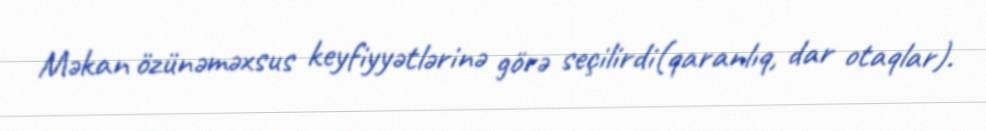
Məkan özünəməxsus keyfiyyətlərinə görə seçilirdi(qaranlıq, dar otaqlar).